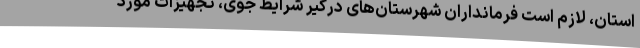
استان، لازم است فرمانداران شهرستان‌های درگیر شرایط جوی، تجهیزات مورد